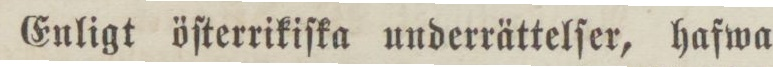
Enligt öſterrikiſka underrättelſer, hafwa